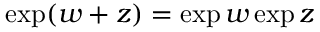
\exp ( w + z ) = \exp w \exp z